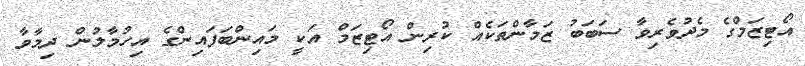
އޯޓިޒަމްގެ މެދުވެރިވާ ސަބަބު ޒަމާންތަކެއް ކުރިން އޯޓިޒަމް އަކީ މައިންބަފައިންގެ އިހުމާލުން ދިމާވާ